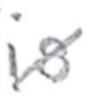
Text: is
Cross-out: diagonal
Writing tool: pencil